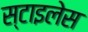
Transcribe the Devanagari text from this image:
स्टाइलेस